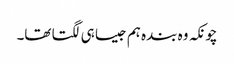
چونکہ وہ بندہ ہم جیسا ہی لگتا تھا۔